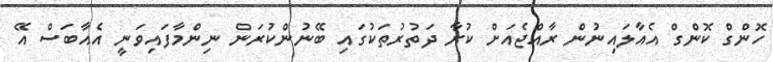
ހޮންގް ކޮންގް އެއާލައިނުން ރާއްޖެއަށް ކުރާ ދަތުރުތަކުގައި ބޭނުންކުރަން ނިންމާފައިވަނީ އެއާބަސް އޭ